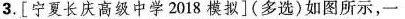
3.[宁夏长庆高级中学2018模拟](多选)如图所示，一